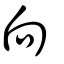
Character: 向